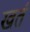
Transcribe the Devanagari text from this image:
खतं